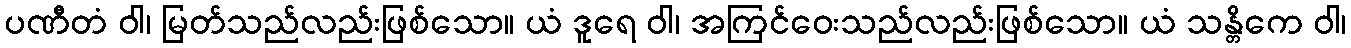
ပဏီတံ ဝါ၊ မြတ်သည်လည်းဖြစ်သော။ ယံ ဒူရေ ဝါ၊ အကြင်ဝေးသည်လည်းဖြစ်သော။ ယံ သန္တိကေ ဝါ၊